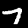
Digit: 7